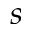
s